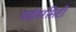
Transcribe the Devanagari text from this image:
डाईवरसिटी